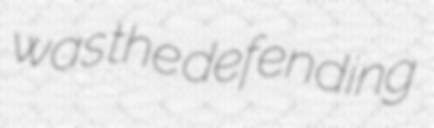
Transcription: was the defending